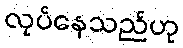
လုပ်နေသည်ဟု